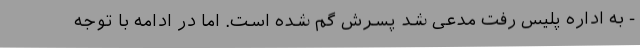
- به اداره پلیس رفت مدعی شد پسرش گم شده است. اما در ادامه با توجه